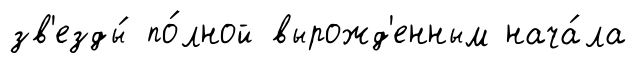
зв'езды́ по́лной вырожд'енным нача́ла